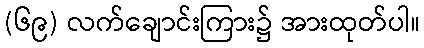
(၆၉) လက်ချောင်းကြား၌ အားထုတ်ပါ။